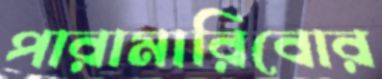
পারামারিবোর